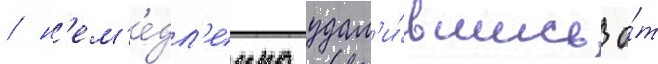
/ н'ем'е́дл'енно удал'и́вшись о́т